system: You are a helpful assistant.
user:
Analyze the provided spectrum to determine if it is a **Carbon Star (C-type)**.

- **Key Visual Indicators of Carbon Star:**
    - **(Primary):** Strong molecular absorption from **C₂ (diatomic carbon) "Swan Bands."** This is the **defining feature** of a carbon star.
        - **(Key Bandheads):** Sharp absorption edges are visible at approximately $5635$ Å, $5165$ Å (the strongest band), and $4737$ Å.
        - **(Line Profile):** Creates a distinct **"saw-tooth"** pattern. The key morphology is a sharp, steep bandhead on the **red (long-wavelength) side**, which then gradually tapers off (i.e., flux recovers) towards the **blue (short-wavelength) side**. *(This is the direct opposite of the TiO bands seen in M-type stars)*.

    - **(Secondary):** Intense **CN (cyanogen)** molecular absorption bands.
        - **(Key Bandheads):** Located in the blue and violet regions of the spectrum (e.g., near $4215$ Å and $3883$ Å).
        - **(Morphology):** These bands are extremely broad and act as a "blanket," absorbing the vast majority of blue and violet light. This creates a characteristic **"cliff"** or **"steep drop-off"** in the spectrum's flux at short wavelengths.

    - **(Key Confirmation):** Strong **CH absorption band (G-band)**.
        - **(Key Bandhead):** Located around $4300$ Å. The contribution from CH molecules to this band is exceptionally strong.

    - **(Overall Spectrum):**
        - The continuum is severely "chopped up" by these deep molecular bands, especially C₂, rather than appearing as a smooth curve.
        - Due to the heavy CN and C₂ absorption in the blue-green, the vast majority of the star's flux is concentrated in the red part of the spectrum, giving the star its characteristic deep red color.

Think first, call **spectral_visualization_tool** if needed to examine features in detail, then provide your final answer. Your response must adhere to the following strict rules:
1.  **Overall Structure:** Your response must follow the format `<think>...</think> <tool_call>...</tool_call> (if a tool is used) <answer>...</answer>`.
2.  **Tool Usage Constraint:** You may only make **one** tool call per turn.
3.  **Final Answer Format:** In the `<answer>` tag, your conclusion must be inside a `\boxed{}` command (e.g., `\boxed{YES}`), followed by your justification.

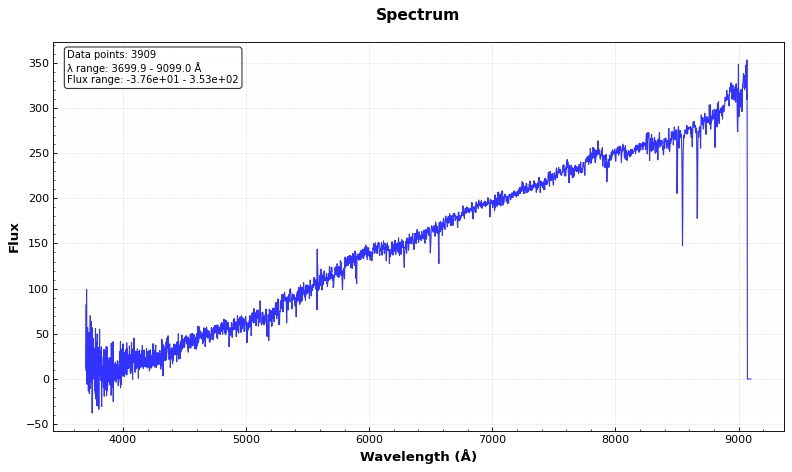
Answer: NO